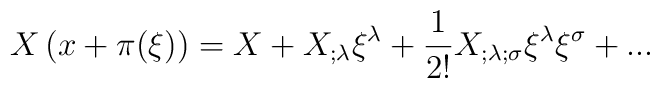
X\left( x+\pi (\xi) \right) = X + X_{;\lambda} \xi ^\lambda +{1\over {2!}} X_{;\lambda;\sigma}\xi^\lambda\xi^\sigma + ...